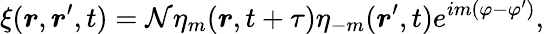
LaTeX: \xi(\boldsymbol{r},\boldsymbol{r}^{\prime},t)=\mathcal{N}\eta_{m}(\boldsymbol{r},t+\tau)\eta_{-m}(\boldsymbol{r}^{\prime},t)e^{im(\varphi-\varphi^{\prime})},